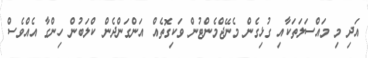
އަދި މި މައްސަލަތަކާއި ގުޅިގެން މެނޭޖްމެންޓުން ވަކިގޮތެއް އަންގަންދެން ކްލަބުން ހިންގާ އެއްވެސް